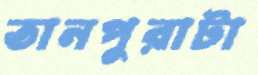
তানপুরাটা